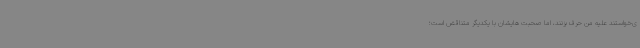
ی‌خواستند علیه من حرف بزنند، اما صحبت هایشان با یکدیگر متناقض است؛